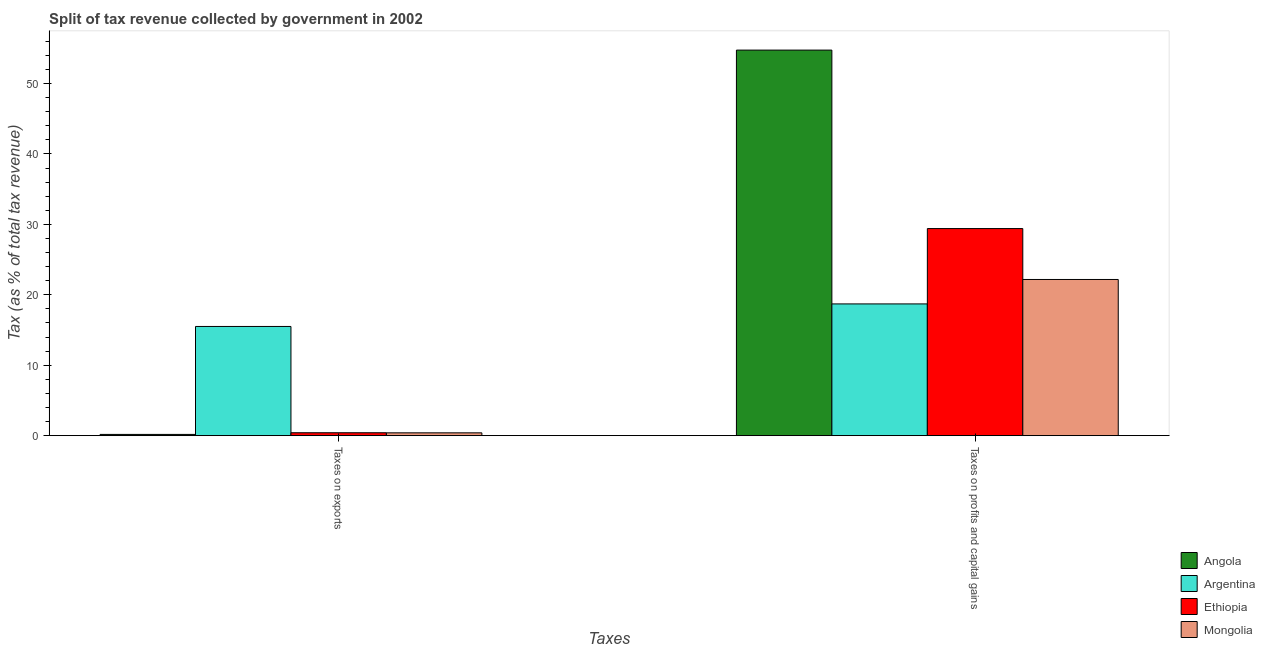
| Taxes | Angola | Argentina | Ethiopia | Mongolia |
 | --- | --- | --- | --- | --- |
 | Taxes on exports | 0.175 | 15.5 | 0.412 | 0.398 |
 | Taxes on profits and capital gains | 54.7 | 18.7 | 29.4 | 22.2 |